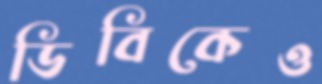
ডিবিকেও